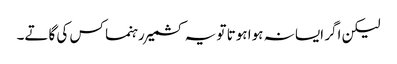
لیکن اگر ایسا نہ ہوا ہوتا تو یہ کشمیر رہنما کس کی گاتے۔